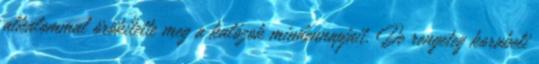
alkalommal örökítette meg a kalózok mindennapjait. De rengeteg korabeli